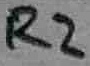
Text: R2